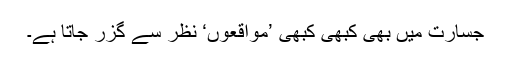
جسارت میں بھی کبھی کبھی ’مواقعوں‘ نظر سے گزر جاتا ہے۔